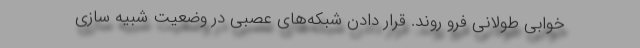
خوابی طولانی فرو روند. قرار دادن شبکه‌های عصبی در وضعیت شبیه سازی